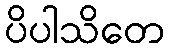
ပိပါသိတေ